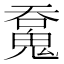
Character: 𩳝